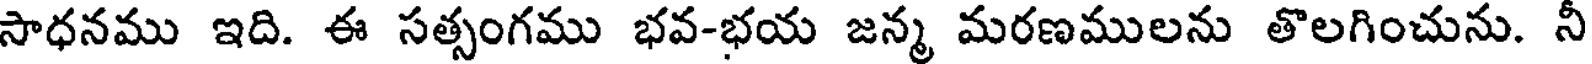
సాధనము ఇది. ఈ సత్సంగము భవ-భయ జన్మ మరణములను తొలగించును. నీ